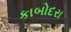
કાબોદરા